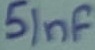
Text: 51nf